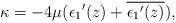
LaTeX: \begin{align*}\kappa = -4 \mu ({\epsilon_1}'(z) + \overline{{\epsilon_1}'(z)}), \end{align*}